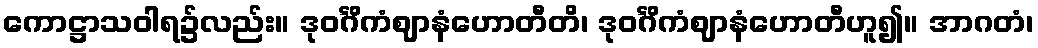
ကောဋ္ဌာသဝါရ၌လည်း။ ဒုဝင်္ဂိကံဈာနံဟောတီတိ၊ ဒုဝင်္ဂိကံဈာနံဟောတီဟူ၍။ အာဂတံ၊